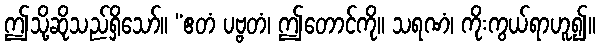
ဤသို့ဆိုသည်ရှိသော်။ “ဧတံ ပဗ္ဗတံ၊ ဤတောင်ကို။ သရဏံ၊ ကိုးကွယ်ရာဟူ၍။